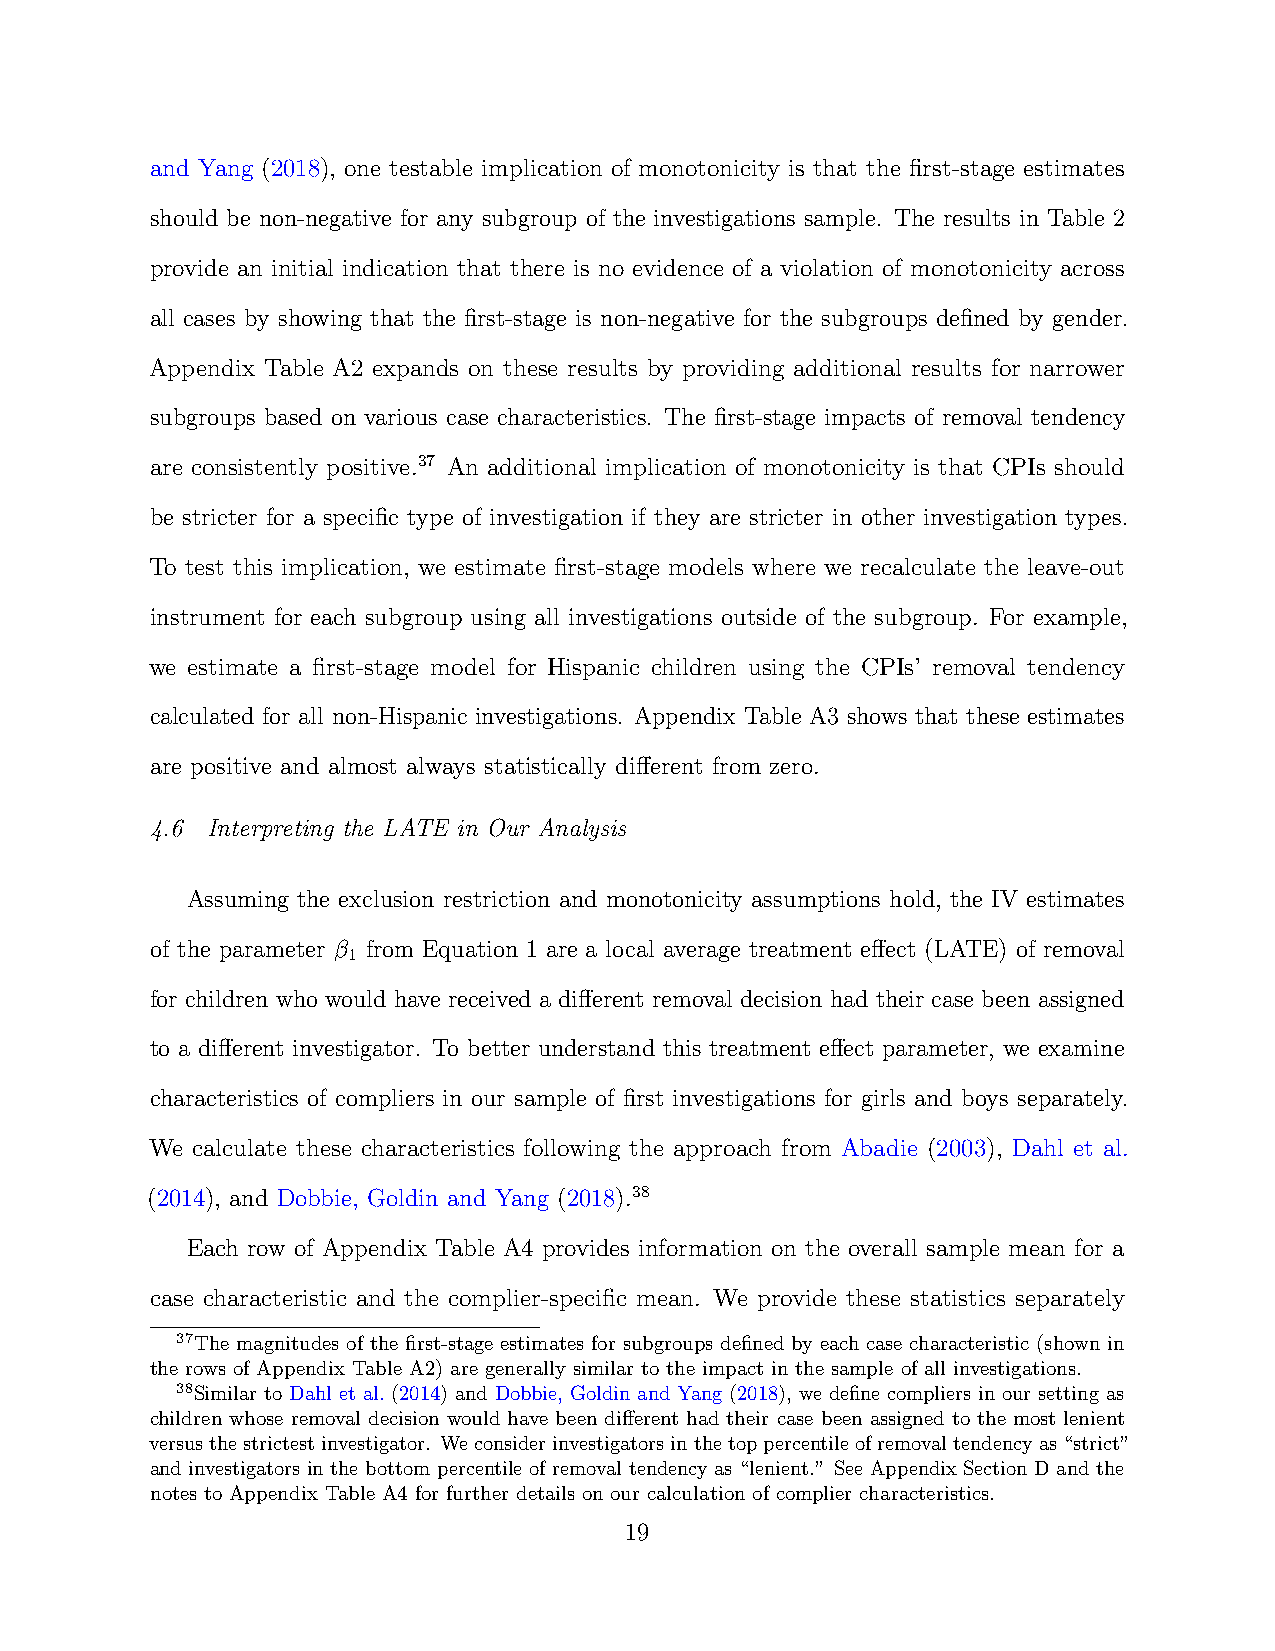
and Yang (2018), one testable implication of monotonicity is that the first-stage estimates
 should be non-negative for any subgroup of the investigations sample. The results in Table 2
 provide an initial indication that there is no evidence of a violation of monotonicity across
 all cases by showing that the first-stage is non-negative for the subgroups defined by gender.
 Appendix Table A2 expands on these results by providing additional results for narrower
 subgroups based on various case characteristics. The first-stage impacts of removal tendency
 are consistently positive.37 An additional implication of monotonicity is that CPIs should
 be stricter for a specific type of investigation if they are stricter in other investigation types.
 To test this implication, we estimate first-stage models where we recalculate the leave-out
 instrument for each subgroup using all investigations outside of the subgroup. For example,
 we estimate a first-stage model for Hispanic children using the CPIs’ removal tendency
 calculated for all non-Hispanic investigations. Appendix Table A3 shows that these estimates
 are positive and almost always statistically different from zero.
 4.6 Interpreting the LATE in Our Analysis
 Assuming the exclusion restriction and monotonicity assumptions hold, the IV estimates
 of the parameter β from Equation 1 are a local average treatment effect (LATE) of removal
 1
 for children who would have received a different removal decision had their case been assigned
 to a different investigator. To better understand this treatment effect parameter, we examine
 characteristics of compliers in our sample of first investigations for girls and boys separately.
 We calculate these characteristics following the approach from Abadie (2003), Dahl et al.
 (2014), and Dobbie, Goldin and Yang (2018).38
 Each row of Appendix Table A4 provides information on the overall sample mean for a
 case characteristic and the complier-specific mean. We provide these statistics separately
 37The magnitudes of the first-stage estimates for subgroups defined by each case characteristic (shown in
 the rows of Appendix Table A2) are generally similar to the impact in the sample of all investigations.
 38Similar to Dahl et al. (2014) and Dobbie, Goldin and Yang (2018), we define compliers in our setting as
 children whose removal decision would have been different had their case been assigned to the most lenient
 versusthestrictestinvestigator. Weconsiderinvestigatorsinthetoppercentileofremovaltendencyas“strict”
 and investigators in the bottom percentile of removal tendency as “lenient.” See Appendix Section D and the
 notes to Appendix Table A4 for further details on our calculation of complier characteristics.
 19